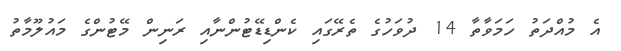
އެ މުއްދަތު ހަމަވާތާ 14 ދުވަހުގެ ތެރޭގައި ކެންޑިޑޭޓުންނާއި ރަނިން މޭޓުންގެ މައުލޫމާތު